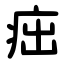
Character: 㽾